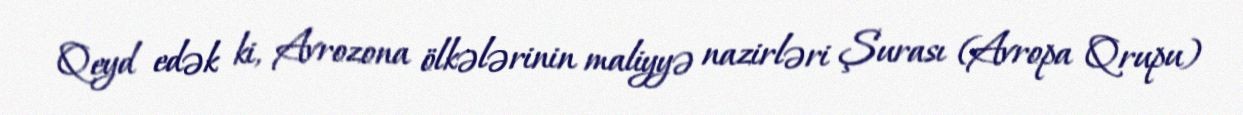
Qeyd edək ki, Avrozona ölkələrinin maliyyə nazirləri Şurası (Avropa Qrupu)